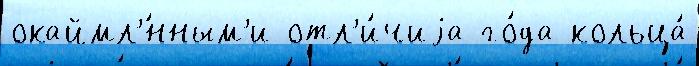
окаймл'́нным'и отл'и́чиjа го́да кольца́